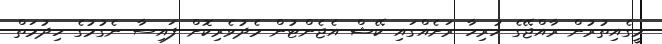
މީގެއިތުރުން ރާއްޖޭގެ ހުރިހާ ރަށެއްގައި ކޭޝް އެޖެންޓުން މެދުވެރިކޮށް ފައިސާ ނެގުމުގެ ހިދުމަތް